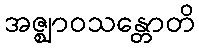
အဇ္ဈာဝသန္တောတိ